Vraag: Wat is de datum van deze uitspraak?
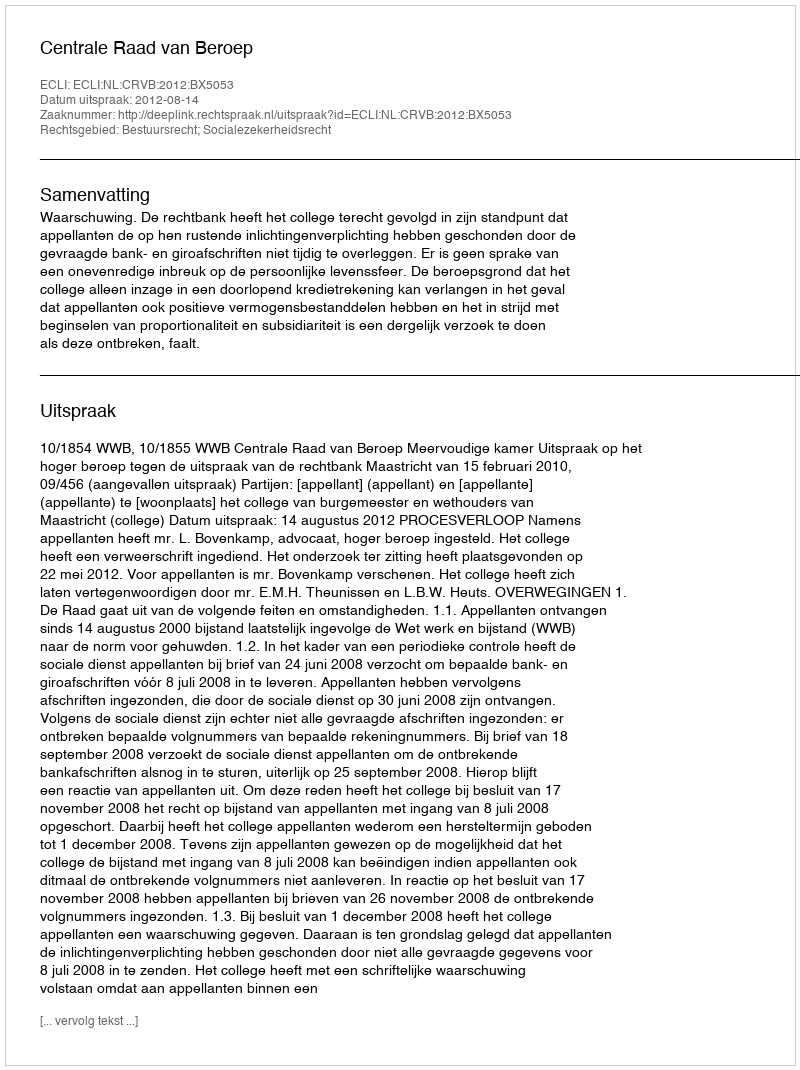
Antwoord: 2012-08-14